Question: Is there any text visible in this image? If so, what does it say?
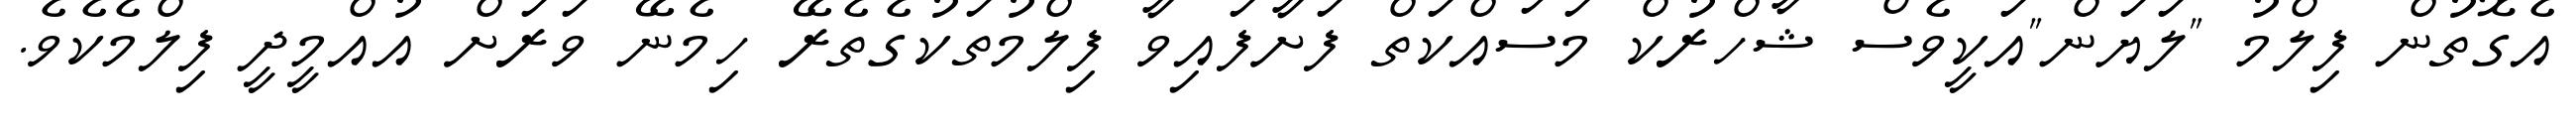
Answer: އެގޮތުން ފިލްމު "ލަޔަން"އަކީވެސް ޝާހްރުކް މަސައްކަތް ފަށާފައިވާ ފިލްމުތަކުގެތެރޭ ހިމެނޭ ވަރަށް އުއްމީދީ ފިލްމެކެވެ.